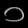
Digit: ၁